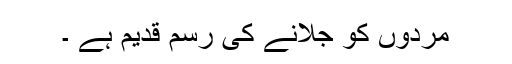
مردوں کو جلانے کی رسم قدیم ہے ۔